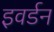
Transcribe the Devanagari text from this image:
इवर्डन